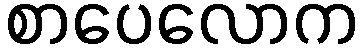
စာပေလောက